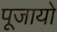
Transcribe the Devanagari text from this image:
पूजायो